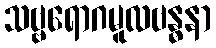
သဗ္ဗရောဂမူလဗန္ဓနာ